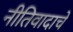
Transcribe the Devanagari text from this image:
नीतिवादाचे